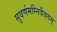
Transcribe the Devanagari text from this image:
सुवर्णमग्निदैवतम्